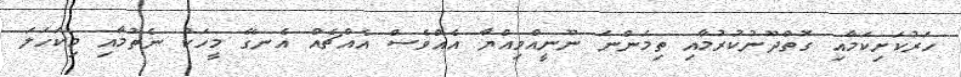
ހަރުކަށިކަމާއި ގޮތްދޫނުކުރުމާއި ތިމަންނަ ނޫނީއްވިއްޔާ އެއްވެސް އެއްޗެއް އެނގޭ މީހަކު ނެތުމާއި މިކަހަލަ